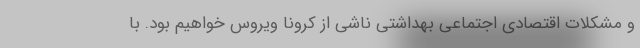
و مشکلات اقتصادی اجتماعی بهداشتی ناشی از کرونا ویروس خواهیم بود. با